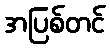
အပြစ်တင်